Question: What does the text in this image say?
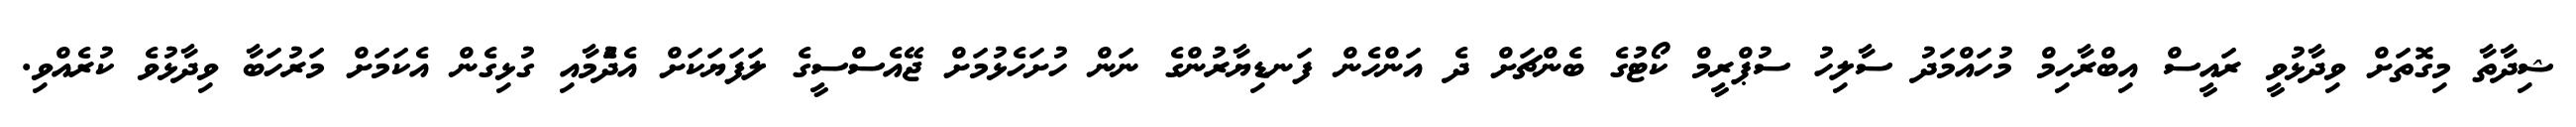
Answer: ޝިދާތާ މިގޮތަށް ވިދާޅުވީ ރައީސް އިބްރާހިމް މުހައްމަދު ސާލިހު ސުޕްރީމް ކޯޓުގެ ބެންޗަށް ދެ އަންހެން ފަނޑިޔާރުންގެ ނަން ހުށަހެޅުމަށް ޖޭއެސްސީގެ ލަފަޔަކަށް އެދެުމާއި ގުޅިގެން އެކަމަށް މަރުހަބާ ވިދާޅުވެ ކުރެއްވި.